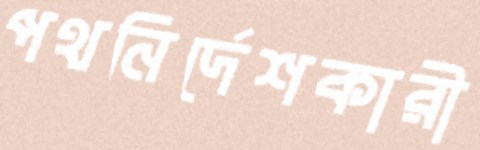
পথনির্দেশকারী